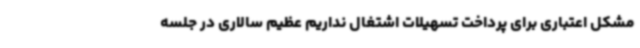
مشکل اعتباری برای پرداخت تسهیلات اشتغال نداریم عظیم سالاری در جلسه